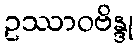
ဥဿာဝဗိန္ဒု